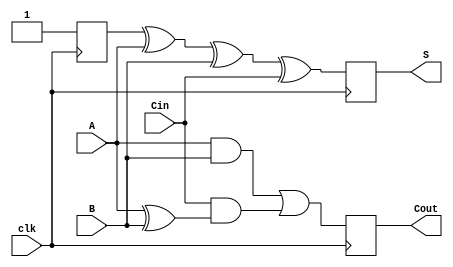
module DynamicFullAdder (
    input wire A,      // First input bit
    input wire B,      // Second input bit
    input wire Cin,    // Carry-in bit
    input wire clk,    // Clock signal
    output reg S,      // Sum output
    output reg Cout    // Carry-out output
);

    // Internal signals for precharge and evaluation
    reg precharge_S;
    reg precharge_Cout;

    // Precharge phase
    always @(posedge clk) begin
        // During the precharge phase, set outputs to high
        precharge_S <= 1'b1;
        precharge_Cout <= 1'b1;
    end

    // Evaluation phase
    always @(negedge clk) begin
        // Evaluate the outputs based on inputs A, B, and Cin
        S <= precharge_S ^ A ^ B ^ Cin;  // S = A  B  Cin
        Cout <= (A & B) | (Cin & (A ^ B)); // Cout = (A  B) + (Cin  (A  B))
    end

endmodule